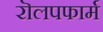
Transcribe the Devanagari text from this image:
रॊलपफार्म